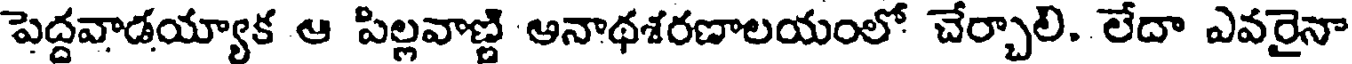
పెద్దవాడయ్యాక ఆ పిల్లవాణ్డి ఆనాథశరణాలయంలో చేర్చాలి. లేదా ఎవరైనా